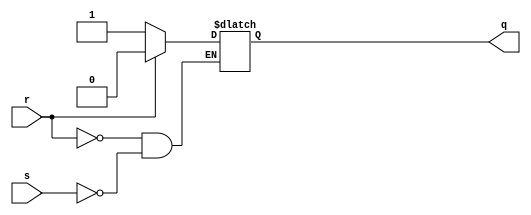
module rs_latch(r, s, q);
	input r, s;
	output reg q;
	
	initial q <= 0;
	
	always @(*) begin
		q <= q;
		if(r) q <= 0;
		else if(s) q <= 1;
	end
endmodule